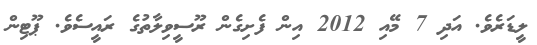
ލީޑަރެވެ. އަދި 7 މޭއި 2012 އިން ފެށިގެން ރޫސީވިލާތުގެ ރައީސެވެ. ޕޫޓިން